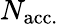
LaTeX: N_{\mathrm{acc.}}